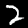
Label: 2